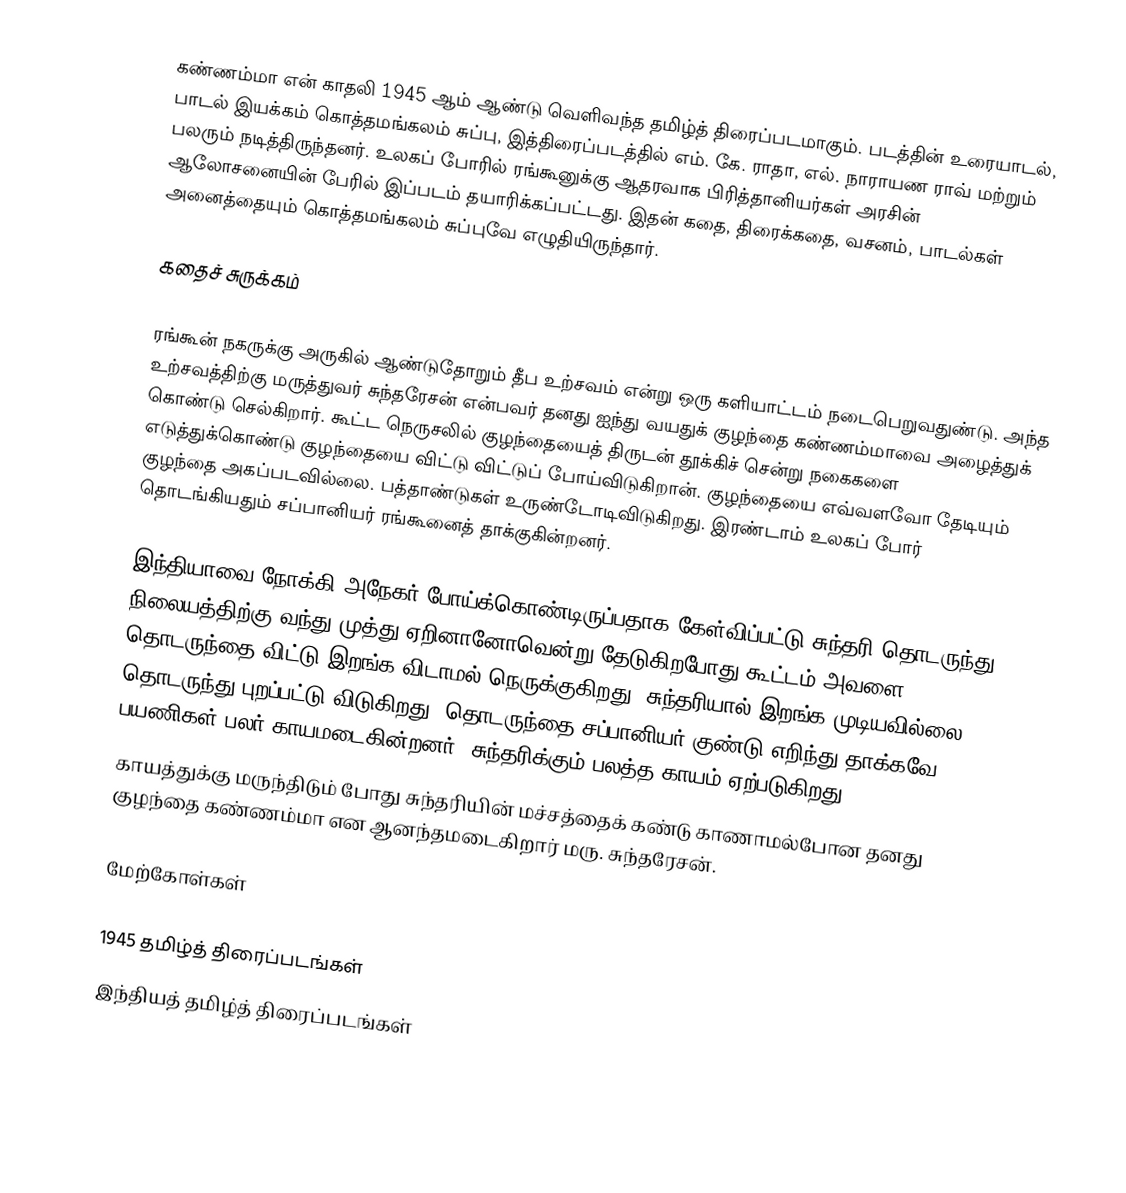
கண்ணம்மா என் காதலி 1945 ஆம் ஆண்டு வெளிவந்த தமிழ்த் திரைப்படமாகும். படத்தின் உரையாடல், பாடல் இயக்கம் கொத்தமங்கலம் சுப்பு,  இத்திரைப்படத்தில் எம். கே. ராதா, எல். நாராயண ராவ் மற்றும் பலரும் நடித்திருந்தனர். உலகப் போரில் ரங்கூனுக்கு ஆதரவாக பிரித்தானியர்கள் அரசின் ஆலோசனையின் பேரில் இப்படம் தயாரிக்கப்பட்டது. இதன் கதை, திரைக்கதை, வசனம், பாடல்கள் அனைத்தையும் கொத்தமங்கலம் சுப்புவே எழுதியிருந்தார்.

கதைச் சுருக்கம்

ரங்கூன் நகருக்கு அருகில் ஆண்டுதோறும் தீப உற்சவம் என்று ஒரு களியாட்டம் நடைபெறுவதுண்டு. அந்த உற்சவத்திற்கு மருத்துவர் சுந்தரேசன் என்பவர் தனது ஐந்து வயதுக் குழந்தை கண்ணம்மாவை அழைத்துக் கொண்டு செல்கிறார். கூட்ட நெருசலில் குழந்தையைத் திருடன் தூக்கிச் சென்று நகைகளை எடுத்துக்கொண்டு குழந்தையை விட்டு விட்டுப் போய்விடுகிறான். குழந்தையை எவ்வளவோ தேடியும் குழந்தை அகப்படவில்லை. பத்தாண்டுகள் உருண்டோடிவிடுகிறது. இரண்டாம் உலகப் போர் தொடங்கியதும் சப்பானியர் ரங்கூனைத் தாக்குகின்றனர்.

இந்தியாவை நோக்கி அநேகர் போய்க்கொண்டிருப்பதாக கேள்விப்பட்டு சுந்தரி தொடருந்து நிலையத்திற்கு வந்து முத்து ஏறினானோவென்று தேடுகிறபோது கூட்டம் அவளை தொடருந்தை விட்டு இறங்க விடாமல் நெருக்குகிறது. சுந்தரியால் இறங்க முடியவில்லை, தொடருந்து புறப்பட்டு விடுகிறது. தொடருந்தை சப்பானியர் குண்டு எறிந்து தாக்கவே பயணிகள் பலர் காயமடைகின்றனர். சுந்தரிக்கும் பலத்த காயம் ஏற்படுகிறது.
காயத்துக்கு மருந்திடும் போது சுந்தரியின் மச்சத்தைக் கண்டு காணாமல்போன தனது குழந்தை கண்ணம்மா என ஆனந்தமடைகிறார் மரு. சுந்தரேசன்.

மேற்கோள்கள்

1945 தமிழ்த் திரைப்படங்கள்
இந்தியத் தமிழ்த் திரைப்படங்கள்